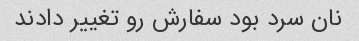
نان سرد بود سفارش رو تغییر دادند